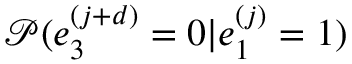
\mathcal { P } ( e _ { 3 } ^ { ( j + d ) } = 0 | e _ { 1 } ^ { ( j ) } = 1 )